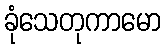
ခုံသေတုကာမော